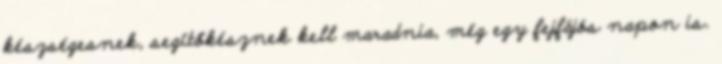
készségesnek, segítőkésznek kell maradnia, még egy fejfájós napon is.